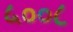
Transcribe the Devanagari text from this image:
५००८